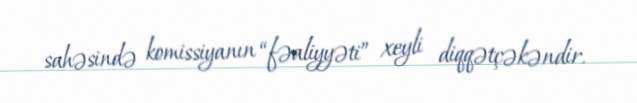
sahəsində komissiyanın “fəaliyyəti” xeyli diqqətçəkəndir.